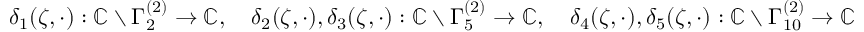
\begin{array} { r } { \delta _ { 1 } ( \zeta , \cdot ) : \mathbb { C } \setminus \Gamma _ { 2 } ^ { ( 2 ) } \to \mathbb { C } , \quad \delta _ { 2 } ( \zeta , \cdot ) , \delta _ { 3 } ( \zeta , \cdot ) : \mathbb { C } \setminus \Gamma _ { 5 } ^ { ( 2 ) } \to \mathbb { C } , \quad \delta _ { 4 } ( \zeta , \cdot ) , \delta _ { 5 } ( \zeta , \cdot ) : \mathbb { C } \setminus \Gamma _ { 1 0 } ^ { ( 2 ) } \to \mathbb { C } } \end{array}